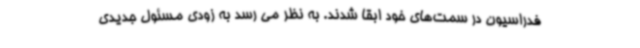
فدراسیون در سمت‌های خود ابقا شدند. به نظر می رسد به زودی مسئول جدیدی